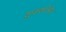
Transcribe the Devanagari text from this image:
शुक्रशोनित